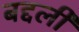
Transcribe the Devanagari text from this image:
बद्दली